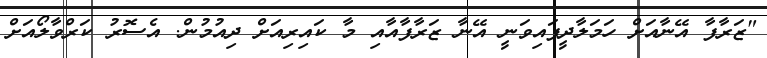
"ޒަރާފާ އޭނާއަށް ހަމަލާދީފައިވަނީ އޭނާ ޒަރާފާއާއި މާ ކައިރިއަށް ދިއުމުން. އެސޮރު ކަރްވާލޯއަށް